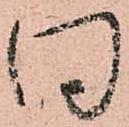
同